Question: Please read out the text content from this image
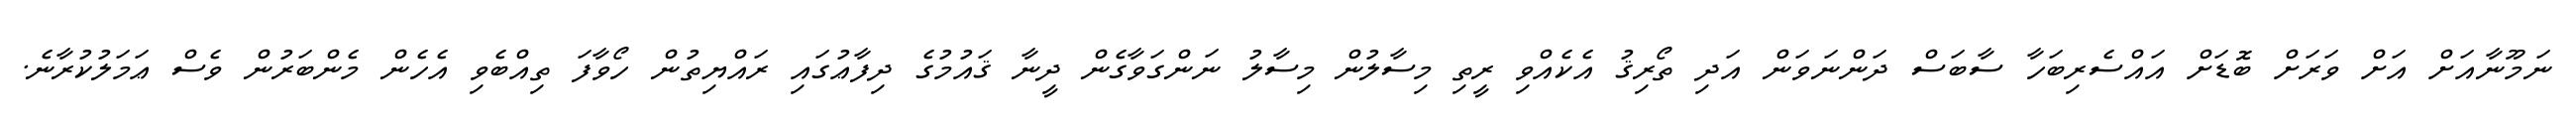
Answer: ނަމޫނާއަށް އަށް ވަރަށް ބޮޑަށް އައްސެރިބަހާ ސާބަސް ދަންނަވަން އަދި ތޯރިޤު އެކެއްވި ރީތި މިސާލުން މިސާލު ނަންގަވާގެން ދީނާ ޤައުމުގެ ދިފާޢުގައި ރައްޔިތުން ހޯވާފަ ތިއްބެވި އެހެން މެންބަރުން ވެސް ޢަމަލުކުރާނެ.